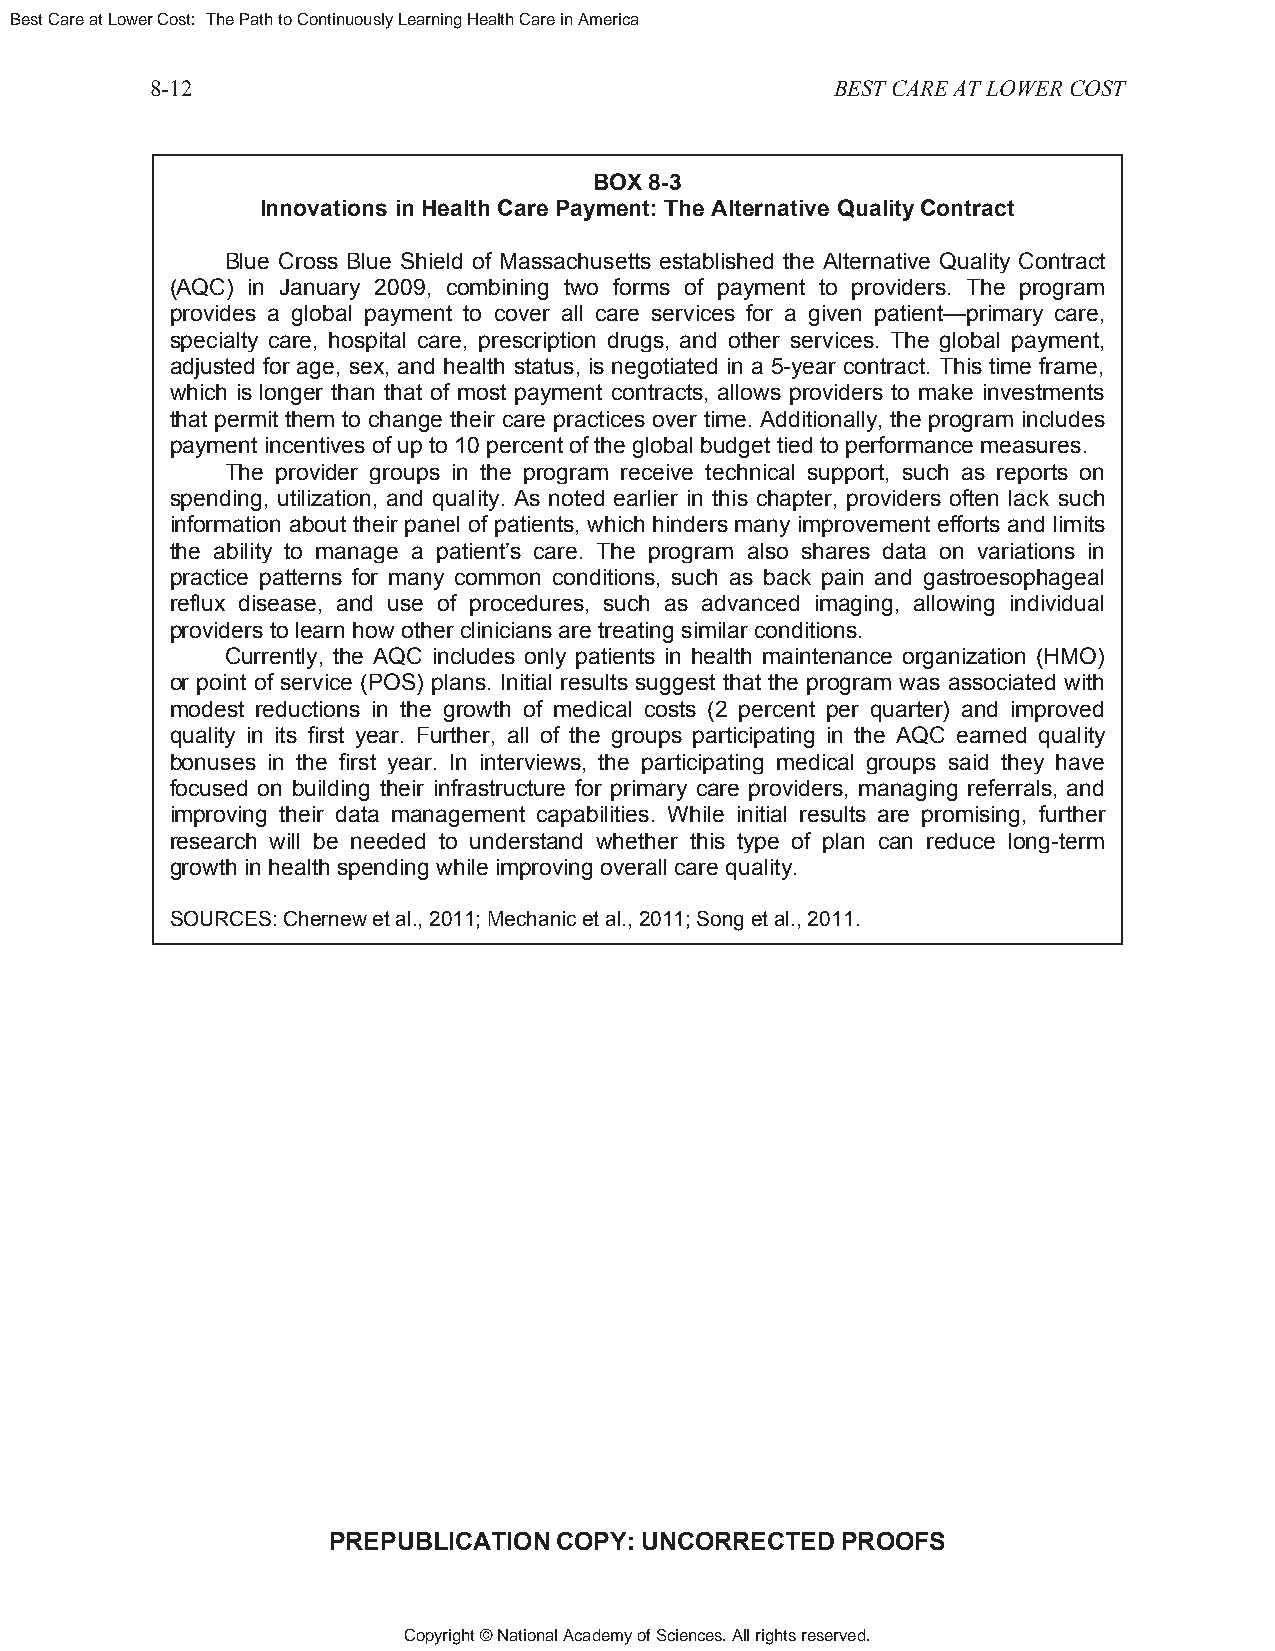
Best Care at Lower Cost: The Path to Continuously Learning Health Care in America
 8-12                                         BEST CARE AT LOWER COST
 BOX 8-3
 Innovations in Health Care Payment: The Alternative Quality Contract
 Blue Cross Blue Shield of Massachusetts established the Alternative Quality Contract
 (AQC) in January 2009, combining two forms of payment to providers. The program
 provides a global payment to cover all care services for a given patient—primary care,
 specialty care, hospital care, prescription drugs, and other services. The global payment,
 adjusted for age, sex, and health status, is negotiated in a 5-year contract. This time frame,
 which is longer than that of most payment contracts, allows providers to make investments
 that permit them to change their care practices over time. Additionally, the program includes
 payment incentives of up to 10 percent of the global budget tied to performance measures.
 The provider groups in the program receive technical support, such as reports on
 spending, utilization, and quality. As noted earlier in this chapter, providers often lack such
 information about their panel of patients, which hinders many improvement efforts and limits
 the ability to manage a patient’s care. The program also shares data on variations in
 practice patterns for many common conditions, such as back pain and gastroesophageal
 reflux disease, and use of procedures, such as advanced imaging, allowing individual
 providers to learn how other clinicians are treating similar conditions.
 Currently, the AQC includes only patients in health maintenance organization (HMO)
 or point of service (POS) plans. Initial results suggest that the program was associated with
 modest reductions in the growth of medical costs (2 percent per quarter) and improved
 quality in its first year. Further, all of the groups participating in the AQC earned quality
 bonuses in the first year. In interviews, the participating medical groups said they have
 focused on building their infrastructure for primary care providers, managing referrals, and
 improving their data management capabilities. While initial results are promising, further
 research will be needed to understand whether this type of plan can reduce long-term
 growth in health spending while improving overall care quality.
 SOURCES: Chernew et al., 2011; Mechanic et al., 2011; Song et al., 2011.
 PREPUBLICATION COPY: UNCORRECTED  PROOFS
 Copyright © National Academy of Sciences. All rights reserved.